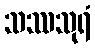
သဿသုရံ